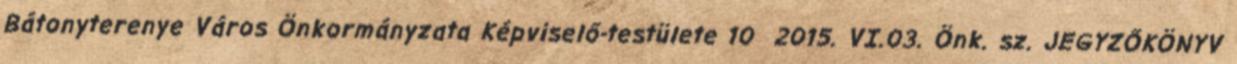
Bátonyterenye Város Önkormányzata Képviselő-testülete 10 2015. VI.03. Önk. sz. JEGYZŐKÖNYV